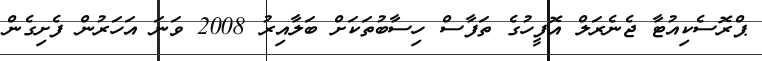
ޕްރޮސެކިއުޓާ ޖެނެރަލް އޮފީހުގެ ތަފާސް ހިސާބުތަކަށް ބަލާއިރު 2008 ވަނަ އަހަރުން ފެށިގެން